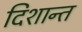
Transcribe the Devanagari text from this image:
दिशान्त